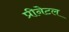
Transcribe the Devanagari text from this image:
प्रीनेटल